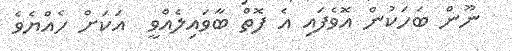
ނޫން ބަހަކުން އޮވެފައި އެ ފޮތް ބާވައިލެއްވީ  އަކަށް ހެއްޔެވެ